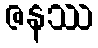
ဇနဿ